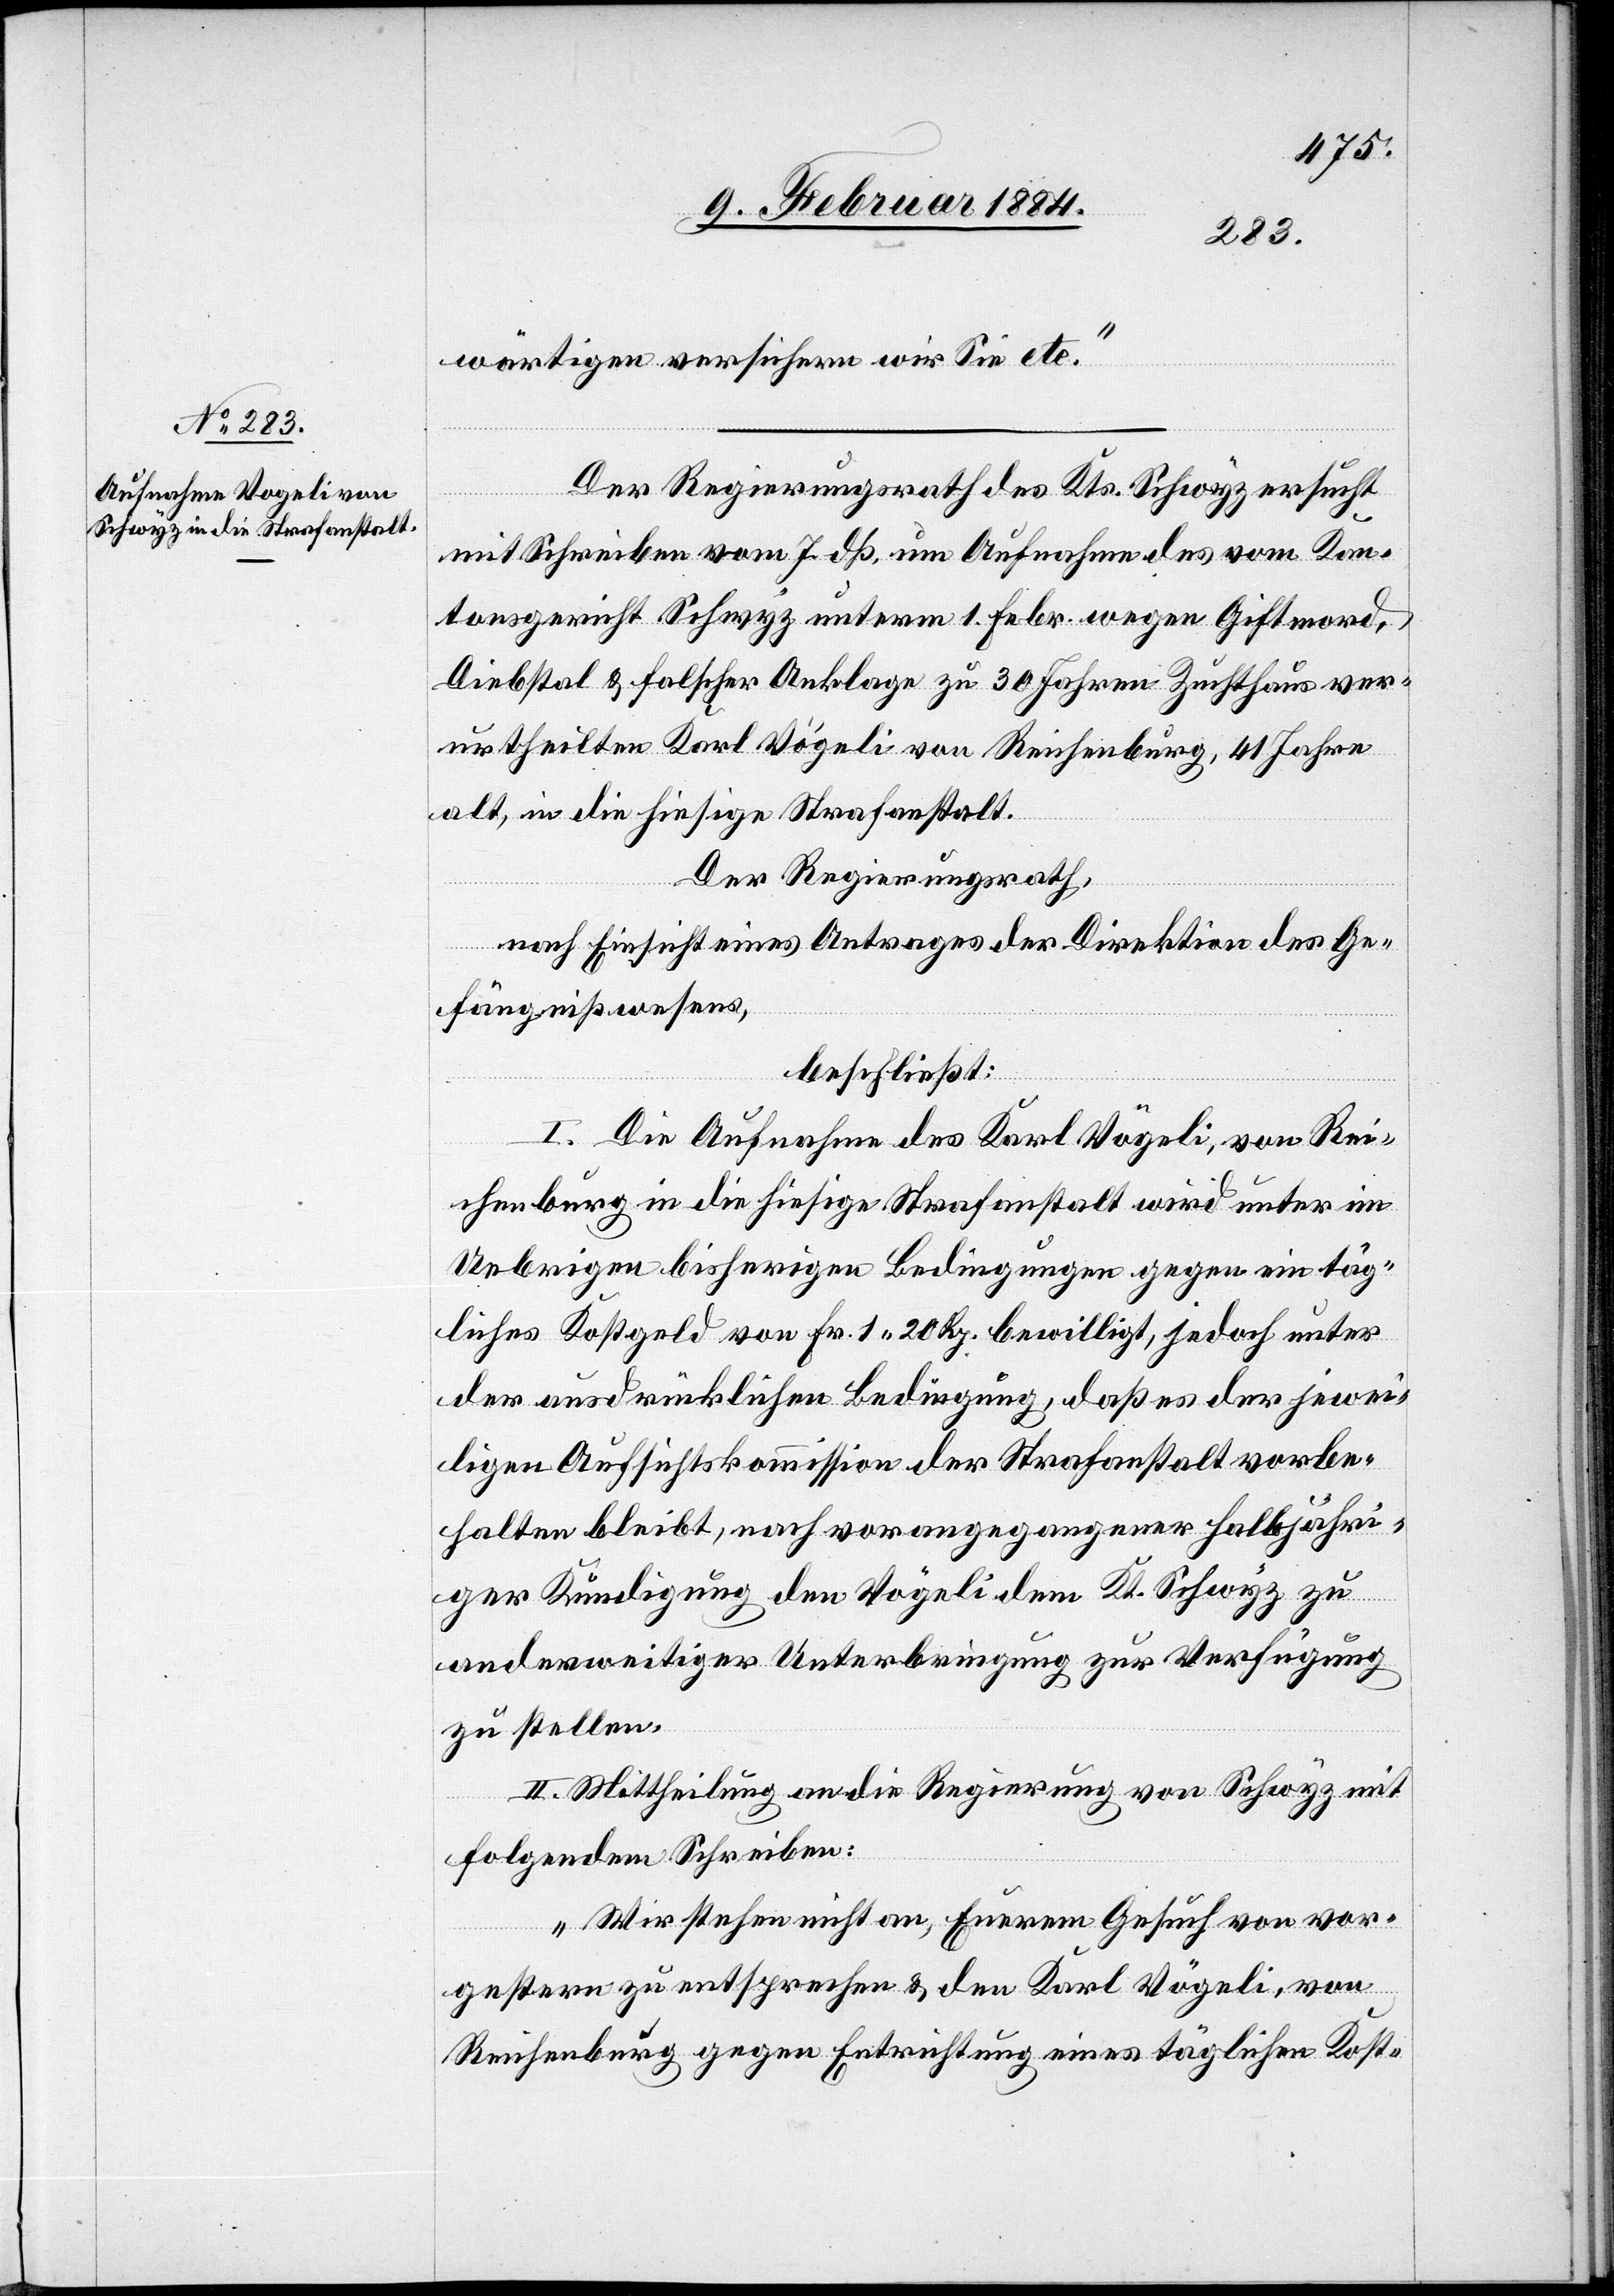
wärtigen versichern wir Sie etc.“
Der Regierungsrath des Kts. Schwyz ersucht
mit Schreiben vom 7. dß. um Aufnahme des vom Kan¬
tonsgericht Schwyz unterm 1. Febr. wegen Giftmord,
Diebstal & falscher Anklage zu 30 Jahren Zuchthaus ver¬
urtheilten Karl Vögeli [sic!] von Reichenburg, 41 Jahre
alt, in die hiesige Strafanstalt.
Der Regierungsrath,
nach Einsicht eines Antrages der Direktion des Ge¬
fängnißwesens,
beschließt:
I. Die Aufnahme des Karl Vögeli, von Rei¬
chenburg in die hiesige Strafanstalt wird unter den
Uebrigen bisherigen Bedingungen gegen ein täg¬
liches Kostgeld von Fr. 1 20 Rp. bewilligt, jedoch unter
der ausdrücklichen Bedingung, daß es der jewei¬
ligen Aufsichtskommission der Strafanstalt vorbe¬
halten bleibt, nach vorangegangener halbjährlic¬
her Kündigung den Vögeli dem Kt. Schwyz zu
anderweitiger Unterbringung zur Verfügung
zu stellen.
II. Mittheilung an die Regierung von Schwyz mit
folgendem Schreiben:
„Wir stehen nicht an, Eurem Gesuche von vor¬
gestern zu entsprechen & den Karl Vögeli, von
Reichenburg gegen Entrichtung eines täglichen Kost-